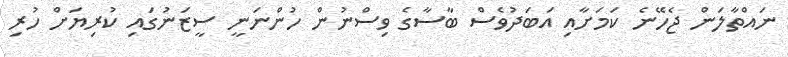
ނައްތާލަން ޖެހޭނެ ކަމަށާއި އަބަދުވެސް ބާސާގެ ވިސްނުން ހުންނަނީ ސީޒަނުގައި ކުރިޔަށް ހުރި